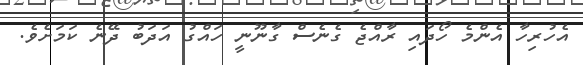
އެހުރިހާ އެންމެ ހޯދައި ރާއްޖެ ގެނެސް ގާނޫނީ ހައްގު އަދަބު ދޭނެ ކަމަށެވެ.